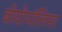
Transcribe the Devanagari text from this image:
बोयोपॉलिमर